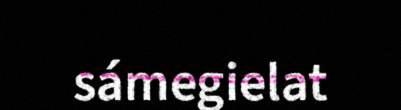
sámegielat